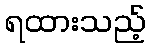
ရထားသည့်